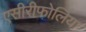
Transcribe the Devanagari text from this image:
एसीरीफोलिया